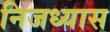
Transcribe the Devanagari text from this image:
निजध्यास